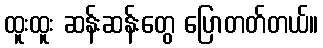
ထူးထူး ဆန်းဆန်းတွေ ပြောတတ်တယ်။